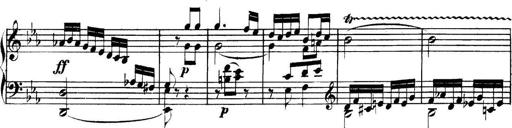
Title: Collected Piano Sonatas
Composer: Muzio Clementi